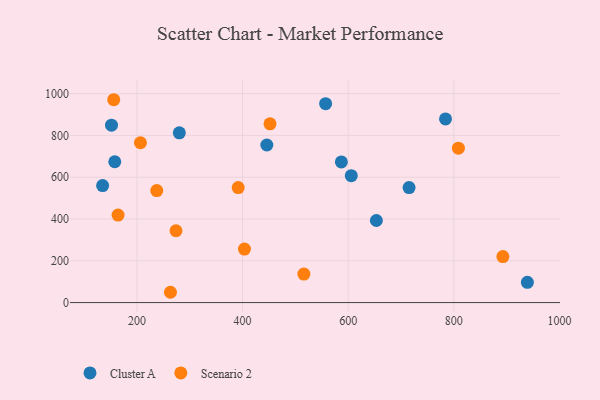
{"axis": {"x": "Price", "y": "Profit"}, "legend": ["Cluster A", "Scenario 2"], "data": [{"x": "715.3", "y": 550.6, "type": "Cluster A"}, {"x": "784.3", "y": 878.9, "type": "Cluster A"}, {"x": "158.1", "y": 674.2, "type": "Cluster A"}, {"x": "557.3", "y": 952.3, "type": "Cluster A"}, {"x": "151.9", "y": 849.1, "type": "Cluster A"}, {"x": "653.4", "y": 392.9, "type": "Cluster A"}, {"x": "605.9", "y": 607.4, "type": "Cluster A"}, {"x": "446.0", "y": 754.3, "type": "Cluster A"}, {"x": "135.1", "y": 560.1, "type": "Cluster A"}, {"x": "280.3", "y": 812.7, "type": "Cluster A"}, {"x": "587.1", "y": 673.1, "type": "Cluster A"}, {"x": "939.3", "y": 96.7, "type": "Cluster A"}, {"x": "808.7", "y": 739.2, "type": "Scenario 2"}, {"x": "263.5", "y": 49.3, "type": "Scenario 2"}, {"x": "391.8", "y": 550.7, "type": "Scenario 2"}, {"x": "156.1", "y": 971.0, "type": "Scenario 2"}, {"x": "274.0", "y": 343.8, "type": "Scenario 2"}, {"x": "892.9", "y": 220.1, "type": "Scenario 2"}, {"x": "206.7", "y": 765.0, "type": "Scenario 2"}, {"x": "237.6", "y": 535.9, "type": "Scenario 2"}, {"x": "516.1", "y": 136.3, "type": "Scenario 2"}, {"x": "403.6", "y": 255.9, "type": "Scenario 2"}, {"x": "452.0", "y": 855.6, "type": "Scenario 2"}, {"x": "164.3", "y": 418.8, "type": "Scenario 2"}]}